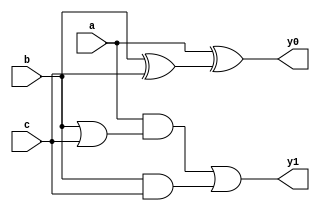
module OC3AL (input a,b,c, output y0,y1);
  assign #(20,21) y0 = (a ^ (b ^ c));
  assign #(15,14) y1 = (a & (b | c)) | (b & c);

endmodule